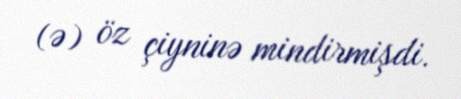
(ə) öz çiyninə mindirmişdi.